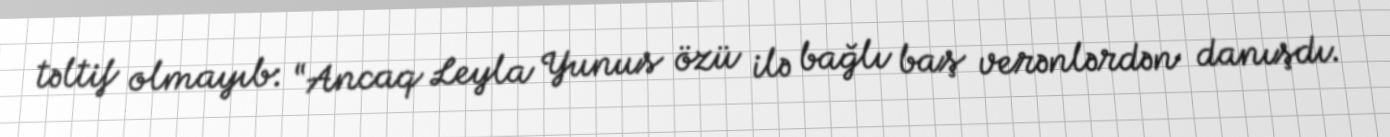
təltif olmayıb: “Ancaq Leyla Yunus özü ilə bağlı baş verənlərdən danışdı.